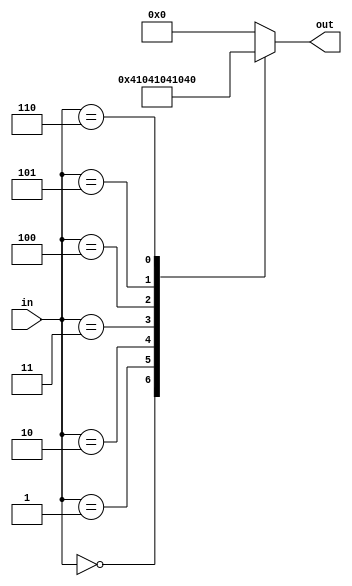
/*
   This file was generated automatically by the Mojo IDE version B1.3.6.
   Do not edit this file directly. Instead edit the original Lucid source.
   This is a temporary file and any changes made to it will be destroyed.
*/

module myDigitsDecoder_13 (
    input [2:0] in,
    output reg [6:0] out
  );
  
  
  
  always @* begin
    
    case (in)
      1'h0: begin
        out = 7'h01;
      end
      1'h1: begin
        out = 7'h02;
      end
      2'h2: begin
        out = 7'h04;
      end
      2'h3: begin
        out = 7'h08;
      end
      3'h4: begin
        out = 7'h10;
      end
      3'h5: begin
        out = 7'h20;
      end
      3'h6: begin
        out = 7'h40;
      end
      default: begin
        out = 7'h00;
      end
    endcase
  end
endmodule